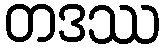
တဒဿ